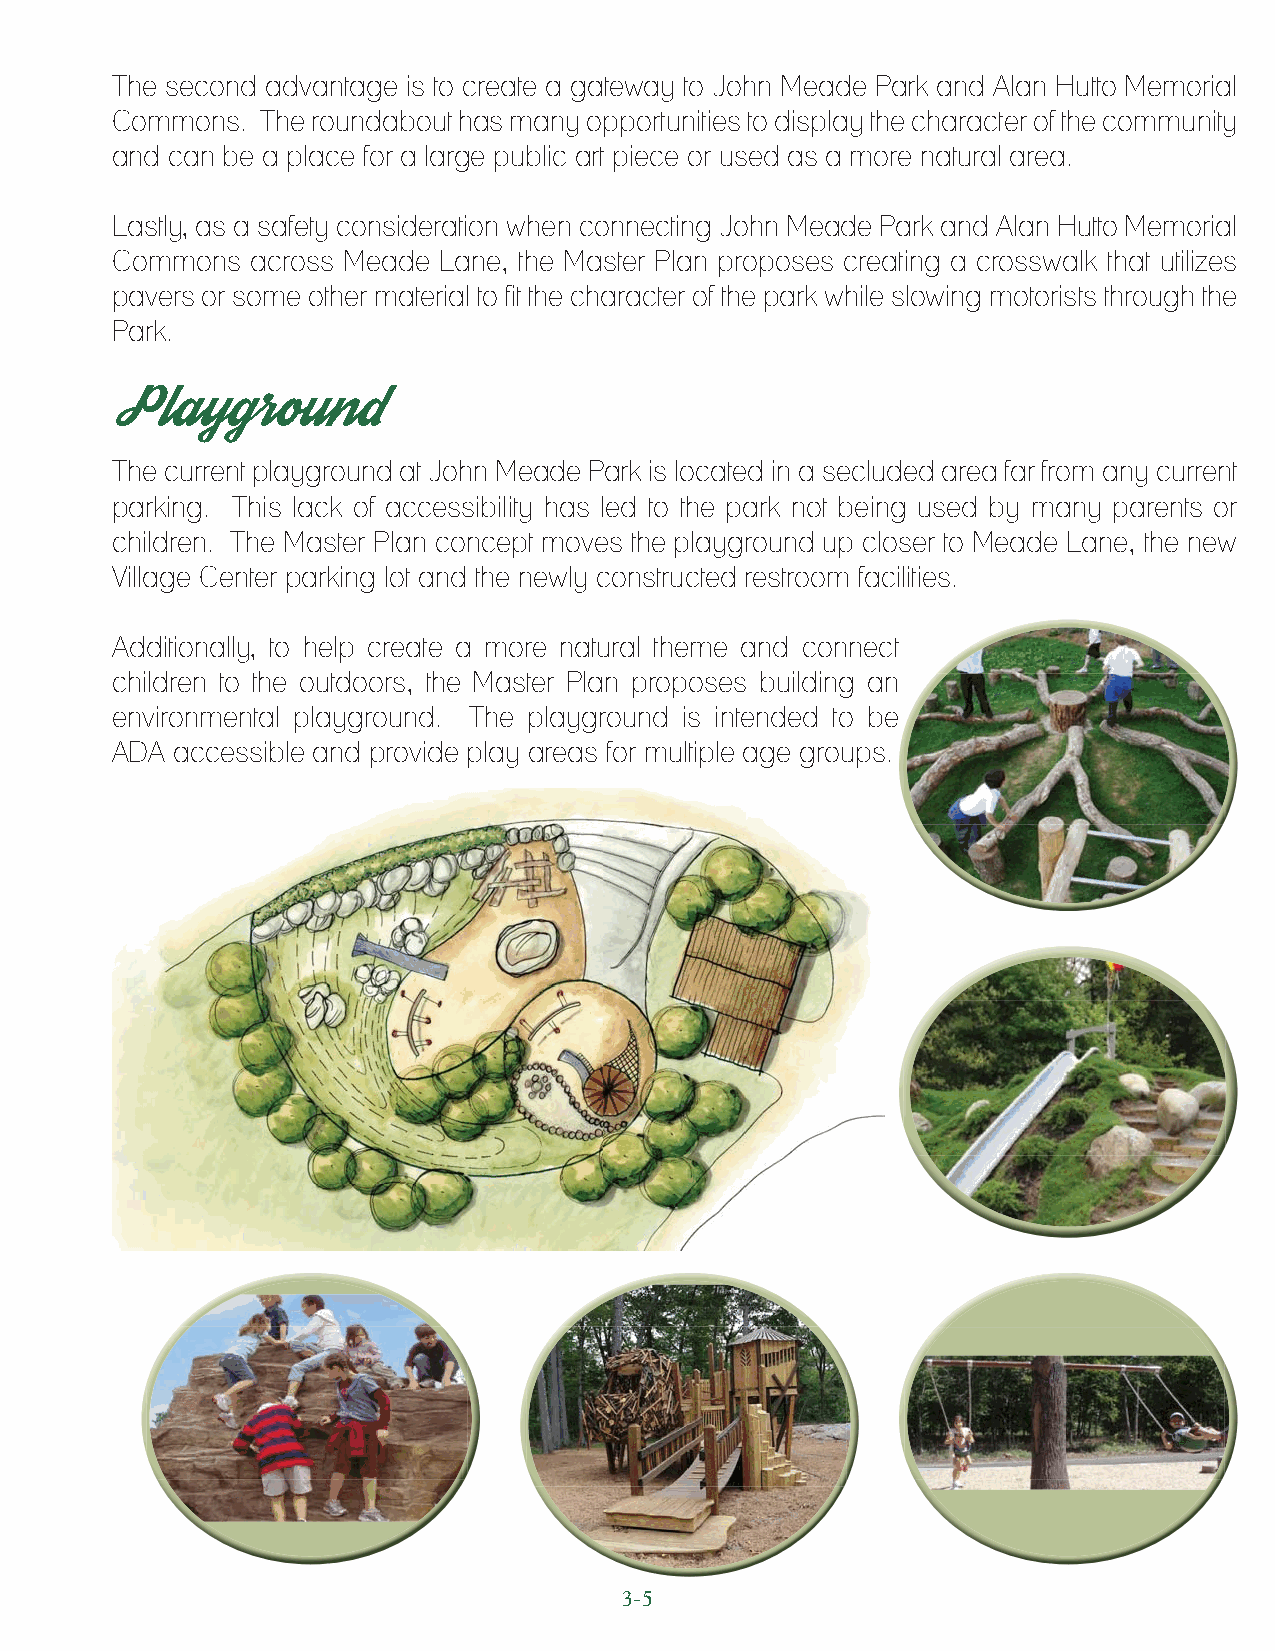
The second advantage is to create a gateway to John Meade Park and Alan Hutto Memorial
 Commons.  The roundabout has many opportunities to display the character of the community
 and can be a place for a large public art piece or used as a more natural area.
 Lastly, as a safety consideration when connecting John Meade Park and Alan Hutto Memorial
 Commons   across Meade Lane, the Master Plan proposes creating a crosswalk that utilizes
 pavers or some other material to fit the character of the park while slowing motorists through the
 Park.
 Playground
 The current playground at John Meade Park is located in a secluded area far from any current
 parking. This lack of accessibility has led to the park not being used by many parents or
 children. The Master Plan concept moves the playground up closer to Meade Lane, the new
 Village Center parking lot and the newly constructed restroom facilities.
 Additionally, to help create a more natural theme and connect
 children to the outdoors, the Master Plan proposes building an
 environmental playground. The playground is intended to be
 ADA accessible and provide play areas for multiple age groups.
 3-5